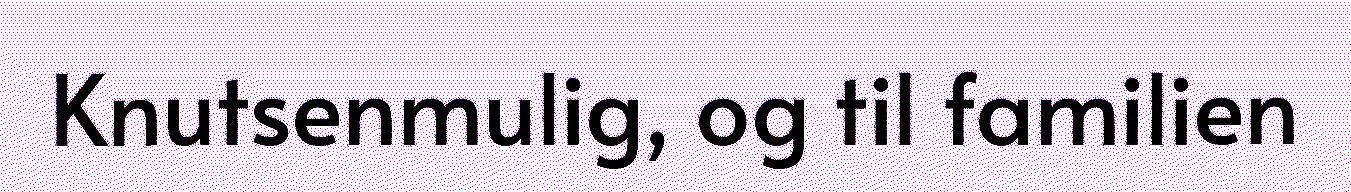
Knutsenmulig, og til familien